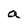
Character: a